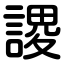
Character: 謖